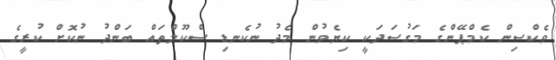
ވެކްސިން ކެމްޕޭންގެ މަގުސަދަކީ ކިޔެވުން މެދު ނުކެނޑި ސްކޫލްތައް ބަންދު ނުކޮށް ކުރީގެ